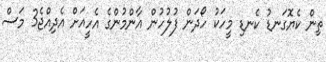
ތިން ކެޔޮގަނޑު ކެނޑި މީހަކު ހޯދަން ފުލުހުން އާންމުންގެ އެހީއަށް އެދިއްޖެ3 މަސް